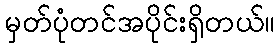
မှတ်ပုံတင်အပိုင်းရှိတယ်။